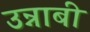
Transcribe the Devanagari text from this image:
उन्नाबी